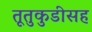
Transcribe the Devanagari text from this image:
तूतुकुडीसह